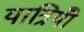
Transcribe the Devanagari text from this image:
यात्रियोँ